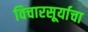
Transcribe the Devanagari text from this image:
विचारसूर्याचा